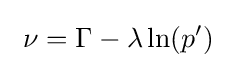
\ \nu =\Gamma -\lambda \ln(p')